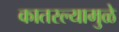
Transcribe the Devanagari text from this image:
कातरल्यामुळे